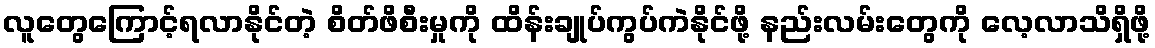
လူတွေကြောင့်ရလာနိုင်တဲ့ စိတ်ဖိစီးမှုကို ထိန်းချုပ်ကွပ်ကဲနိုင်ဖို့ နည်းလမ်းတွေကို လေ့လာသိရှိဖို့